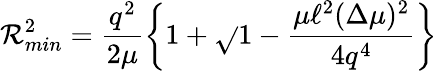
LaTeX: \mathcal{R}_{min}^{2}=\frac{{q^{2}}}{{2\mu}}\left\{ 1+\sqrt{}{{1-\frac{{\mu\ell^{2}(\Delta\mu)^{2}}}{{4q^{4}}}}}\right\}